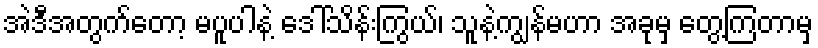
အဲဒီအတွက်တော့ မပူပါနဲ့ ဒေါ်သိန်းကြွယ်၊ သူနဲ့ကျွန်မဟာ အခုမှ တွေ့ကြတာမှ